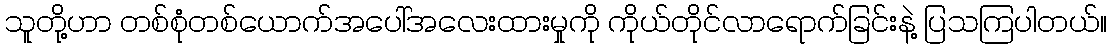
သူတို့ဟာ တစ်စုံတစ်ယောက်အပေါ်အလေးထားမှုကို ကိုယ်တိုင်လာရောက်ခြင်းနဲ့ ပြသကြပါတယ်။